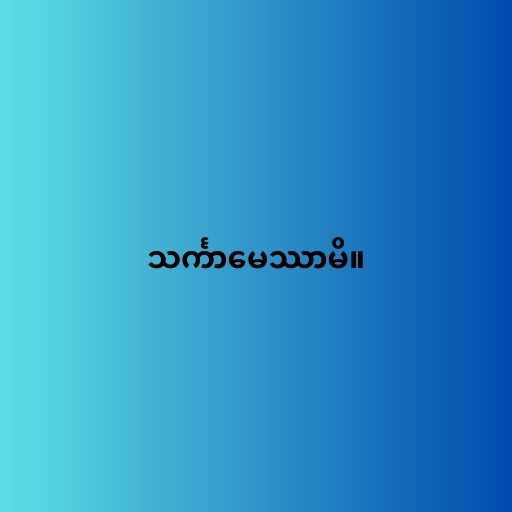
သင်္ကာမေဿာမိ။